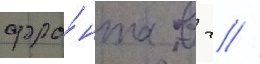
фро́нта в г //